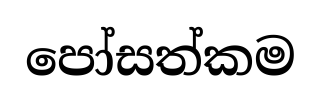
පෝසත්කම